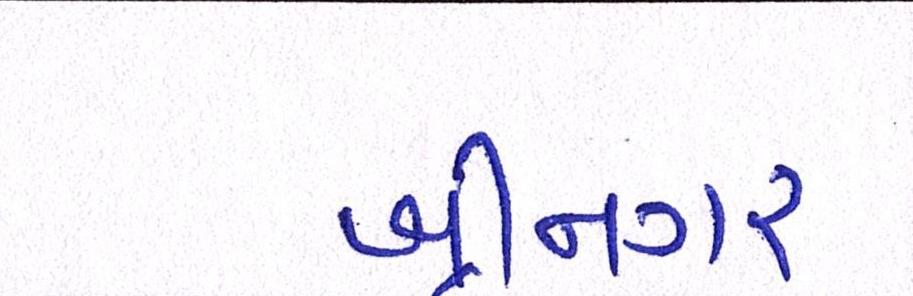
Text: શ્રીનગર